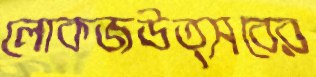
লোকজউত্সবের